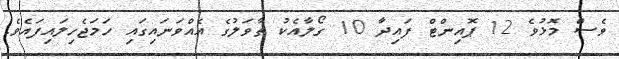
ވެސް މޮޅުވެ 12 ޕޮއިންޓް ފައިދާ 10 ގޯލާއެކު ތާވަލުގެ އެއްވަނައިގައި ހަމަޖެހިލައިފައެވެ.